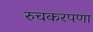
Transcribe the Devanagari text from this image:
रुचकरपणा